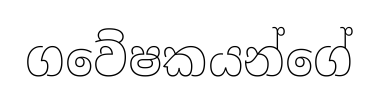
ගවේෂකයන්ගේ